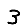
Digit: 3